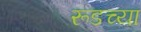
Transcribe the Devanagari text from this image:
रूडच्या